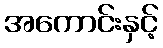
အကောင်းနှင့်